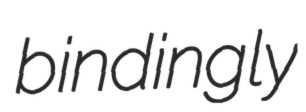
bindingly